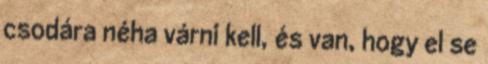
csodára néha várni kell, és van, hogy el se